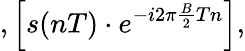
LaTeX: ,\left[s(nT)\cdot e^{-i2\pi{\frac{B}{2}}Tn}\right],